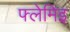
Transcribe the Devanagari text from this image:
फ्लेमिंइ